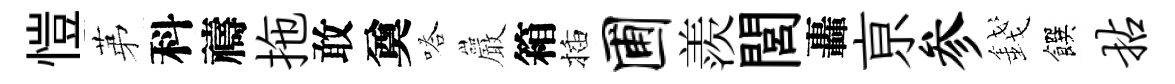
愷苐科禱拖敢奠嗒巖箱插圃羨閭轟亰参錢饌拈